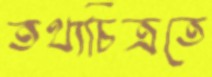
তথ্যচিত্রতে